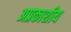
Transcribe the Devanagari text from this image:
अप्रकाशीय